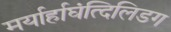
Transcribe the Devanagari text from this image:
मर्यार्हाघंत्दिलिडग